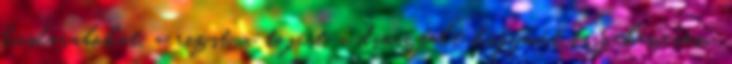
húsdarabokat, a rizst, a tojást, a dinsztelt hagymát összekeverem.